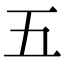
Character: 五